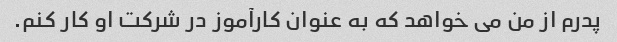
پدرم از من می خواهد که به عنوان کارآموز در شرکت او کار کنم.